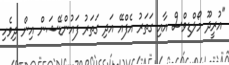
"އުރީދޫ މޯލްޑިވްސް އާއި ގަތަރު އެފްއޭ އަދި ގަތަރު ފައުންޑޭޝަން އިން ދިވެހި